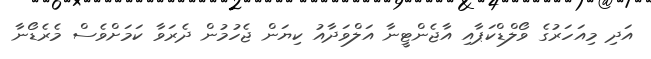
އަދި މިއަހަރުގެ ވޯލްޑްކަޕާއި އާޖެންޓީނާ އަލްވަދާއު ކިޔަން ޖެހުމުން ދެރަވާ ކަމަށްވެސް މެރެޑޯނާ